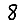
Digit: 8